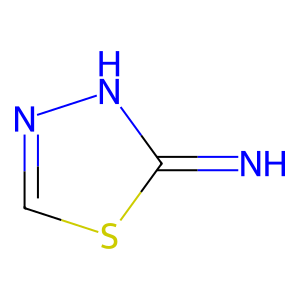
SMILES: N=c1[nH]ncs1
Inhibits HIV replication: No